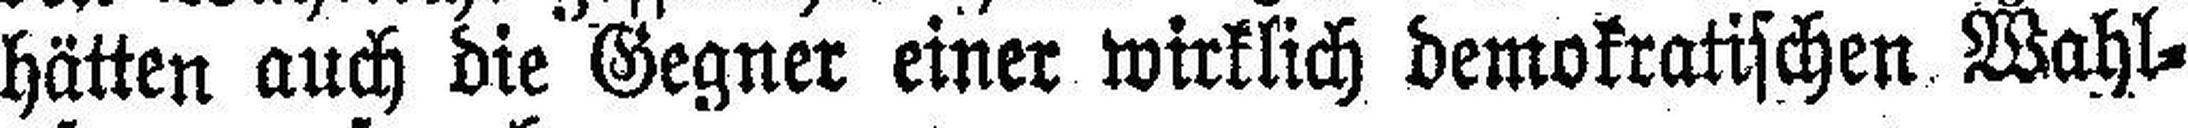
hätten auch die Gegner einer wirklich demokratischen Wahl¬